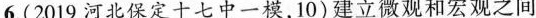
6.(2019河北保定十七中一模，10)建立微观和宏观之间